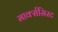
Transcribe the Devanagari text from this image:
मार्क्‍ससिस्‍ट